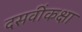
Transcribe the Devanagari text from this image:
दसवींकक्षा